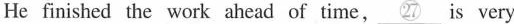
He finished the work ahead of time, \underline{㉗} is very